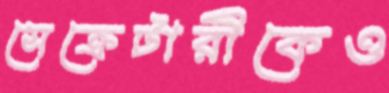
সেক্রেটারীকেও